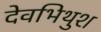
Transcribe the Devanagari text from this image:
देवभिथुश